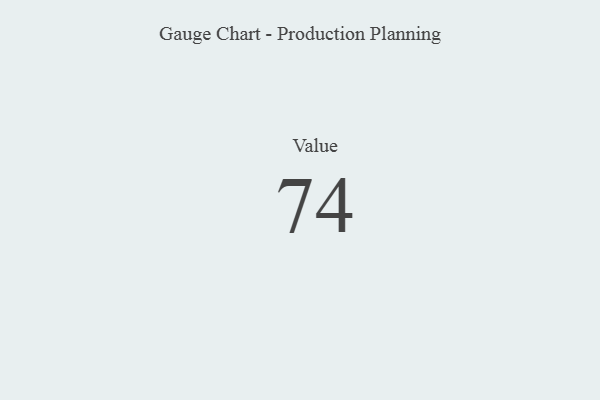
{"axis": {"x": "Metric", "y": "Value"}, "legend": [""], "data": [{"x": "Value", "y": 74, "type": ""}]}